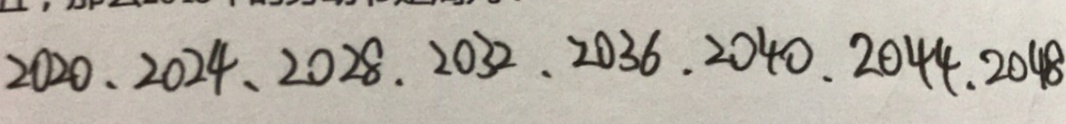
2 0 2 0 、 2 0 2 4 、 2 0 2 8 . 2 0 3 2 . 2 0 3 6 . 2 0 4 0 . 2 0 4 4 . 2 0 4 8